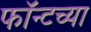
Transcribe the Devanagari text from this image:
फॉन्टच्या